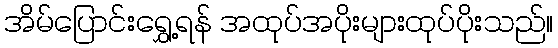
အိမ်ပြောင်းရွှေ့ရန် အထုပ်အပိုးများထုပ်ပိုးသည်။